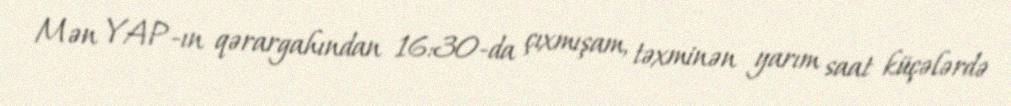
Mən YAP-ın qərargahından 16:30-da çıxmışam, təxminən yarım saat küçələrdə